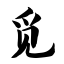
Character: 觅